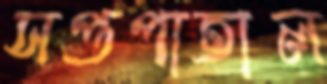
সপ্তপাতাল